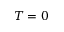
T = 0